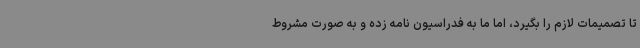
تا تصمیمات لازم را بگیرد، اما ما به فدراسیون نامه زده و به صورت مشروط